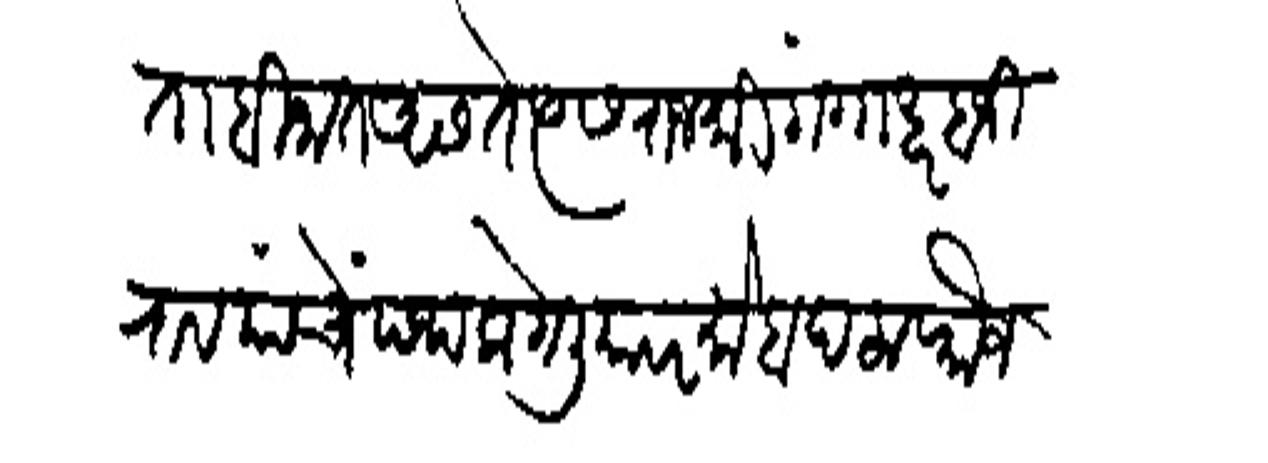
Transliteration (Devanagari): ताबीनात असते त्यास राजश्री गंगाधर बाजीराव यांचें पथक गेिलियावर मोबदला फौज